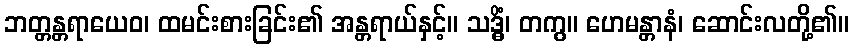
ဘတ္တန္တရာယေဝ၊ ထမင်းစားခြင်း၏ အန္တရာယ်နှင့်။ သဒ္ဓိံ၊ တကွ။ ဟေမန္တာနံ၊ ဆောင်းလတို့၏။